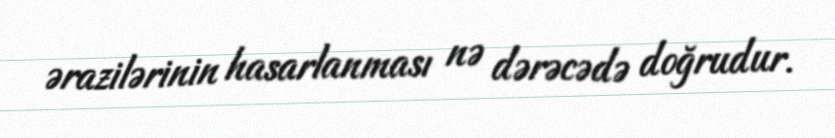
ərazilərinin hasarlanması nə dərəcədə doğrudur.